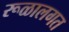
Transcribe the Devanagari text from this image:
रूळालगत